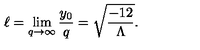
\ell = \lim _ { q \to \infty } { \frac { y _ { 0 } } { q } } = \sqrt { \frac { - 1 2 } { \Lambda } } .